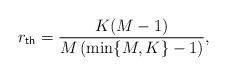
LaTeX: \begin{align*}r_{\mathsf{th}} = \frac{K(M-1)}{M\left(\min\{M,K\}-1\right)},\end{align*}